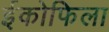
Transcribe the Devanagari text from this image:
ईकोफिला